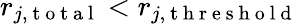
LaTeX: r_{j,\mathrm{~t~o~t~a~l~}}<r_{j,\mathrm{~t~h~r~e~s~h~o~l~d~}}